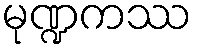
မုဏ္ဍကဿ